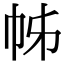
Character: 𢂍